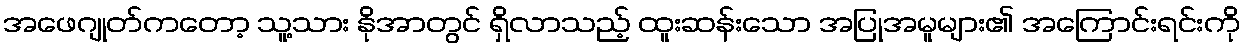
အဖေဂျုတ်ကတော့ သူ့သား နိုအာတွင် ရှိလာသည့် ထူးဆန်းသော အပြုအမူများ၏ အကြောင်းရင်းကို